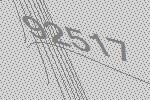
92517